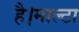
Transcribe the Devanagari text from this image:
है।माल्टा